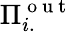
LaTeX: \Pi_{i.}^{\mathrm{~o~u~t~}}